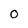
Character: O